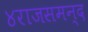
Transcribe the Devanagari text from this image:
४राजसमन्द